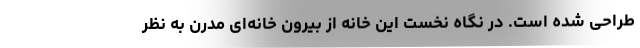
طراحی شده است. در نگاه نخست این خانه از بیرون خانه‌ای مدرن به نظر